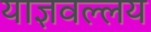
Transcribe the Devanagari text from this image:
याज्ञवल्लय